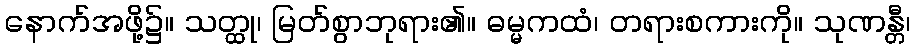
နောက်အဖို့၌။ သတ္ထု၊ မြတ်စွာဘုရား၏။ ဓမ္မကထံ၊ တရားစကားကို။ သုဏန္တီ၊